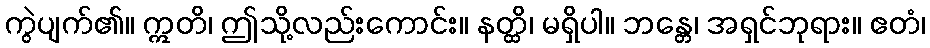
ကွဲပျက်၏။ ဣတိ၊ ဤသို့လည်းကောင်း။ နတ္ထိ၊ မရှိပါ။ ဘန္တေ၊ အရှင်ဘုရား။ ဧတံ၊